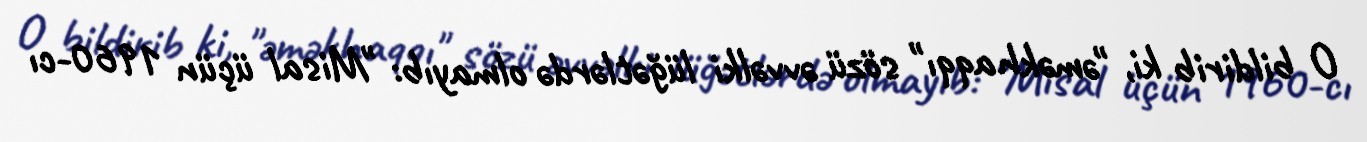
O bildirib ki, "əməkhaqqı" sözü əvvəlki lüğətlərdə olmayıb: "Misal üçün 1960-cı